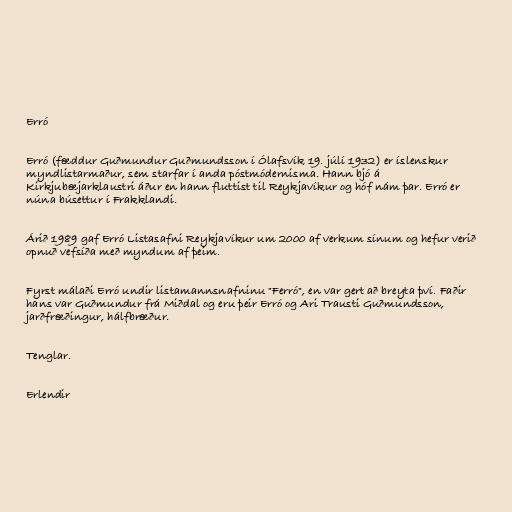
Erró

Erró (fæddur Guðmundur Guðmundsson í Ólafsvík 19. júlí 1932) er íslenskur
myndlistarmaður, sem starfar í anda póstmódernisma. Hann bjó á
Kirkjubæjarklaustri áður en hann fluttist til Reykjavíkur og hóf nám þar. Erró er
núna búsettur í Frakklandi.

Árið 1989 gaf Erró Listasafni Reykjavíkur um 2000 af verkum sínum og hefur verið
opnuð vefsíða með myndum af þeim.

Fyrst málaði Erró undir listamannsnafninu "Ferró", en var gert að breyta því. Faðir
hans var Guðmundur frá Miðdal og eru þeir Erró og Ari Trausti Guðmundsson,
jarðfræðingur, hálfbræður.

Tenglar.

Erlendir